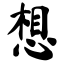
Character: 想